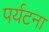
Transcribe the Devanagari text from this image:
पर्यटना